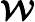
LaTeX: \boldsymbol{\mathcal{W}}